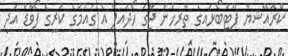
ކްރޮއޭޝިޔާ ފޫޓުބޯޅައިގެ ތާރީޚުން ޖާގަ ހޯދައިފާ އެ ގައުމުގެ ކުރީގެ ފޯވާޑް އަދި